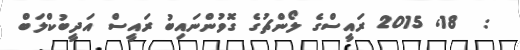
:  18